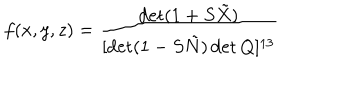
f ( x , y , z ) = \frac { \det ( 1 + S \tilde { X } ) } { [ \det ( 1 - S \tilde { N } ) \det Q ] ^ { 1 3 } }